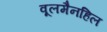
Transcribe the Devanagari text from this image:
वूलमैनहिल